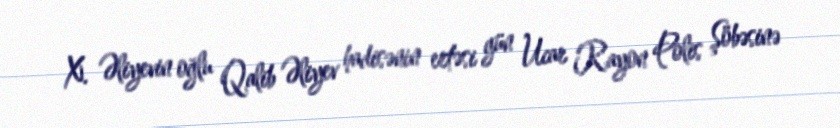
X. Əliyevin oğlu Qalib Əliyev hadisənin ertəsi gün Ucar Rayon Polis Şöbəsinə